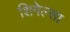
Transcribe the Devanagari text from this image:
शिगेल्सा